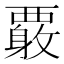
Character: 𲁍